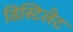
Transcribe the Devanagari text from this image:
डिस्टिलेट